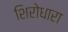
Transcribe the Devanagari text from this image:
शिरोधारा